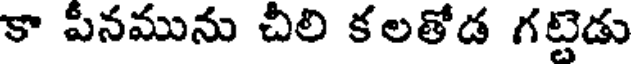
కా పీనమును చీలి కలతోడ గట్టెడు